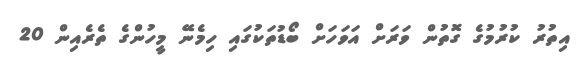
އިތުރު ކުރުމުގެ ގޮތުން ވަރަށް އަވަހަށް ބޯޑުތަކުގައި ހިމެނޭ މީހުންގެ ތެރެއިން 20